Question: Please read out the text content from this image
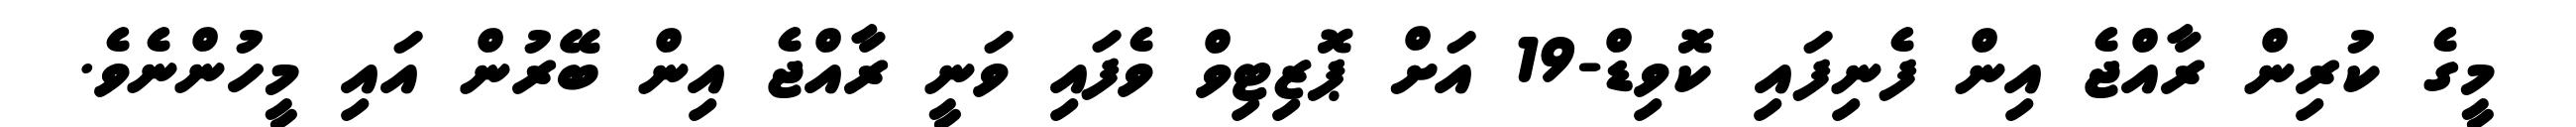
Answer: މީގެ ކުރިން ރާއްޖެ އިން ފެނިފައި ކޮވިޑް-19 އަށް ޕޮޒިޓިވް ވެފައި ވަނީ ރާއްޖެ އިން ބޭރުން އައި މީހުންނެވެ.